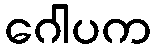
ဂေါပက